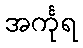
အင်္ကုရ